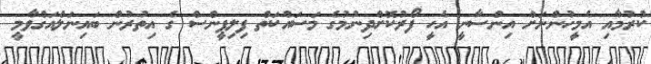
ކުރުމާއި އެމީހުންނަށް އިންސާނީ އެހީ ފޯރުކޮށްދިނުމުގެ މަސައްކަތް ފިލިޕީންސް ގެ އިތުރުން ބައިނަލްއަގްވާމީ